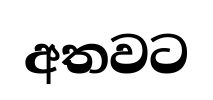
අතවට